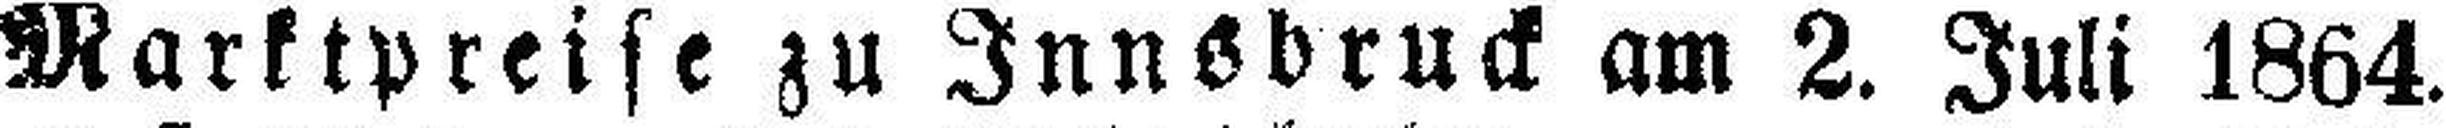
Marktpreise zu Innsbruck am 2. Juli 1864.